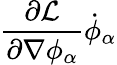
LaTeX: {\frac{\partial{\mathcal{L}}}{\partial\nabla\phi_{\alpha}}}{\dot{\phi}}_{\alpha}